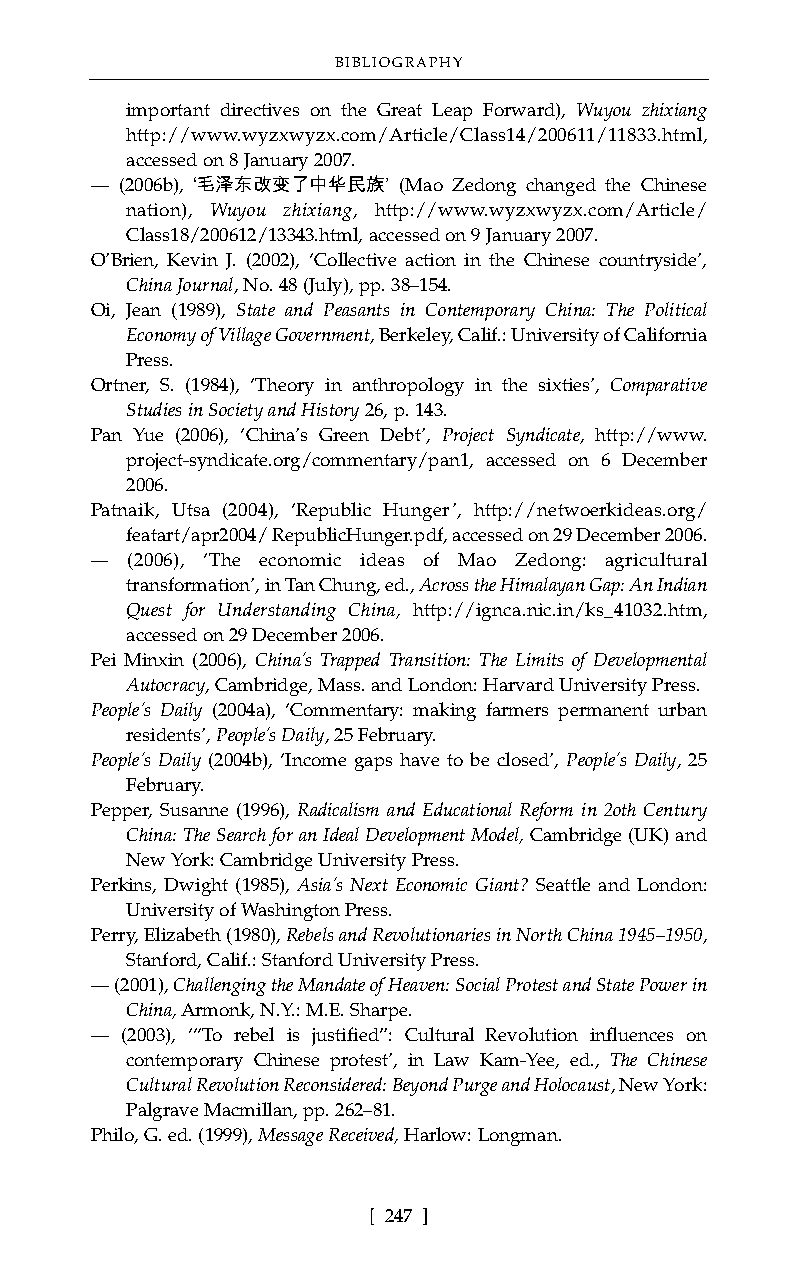
BIBLIOGRAPHY
 important directives on the Great Leap Forward), Wuyou zhixiang
 http://www.wyzxwyzx.com/Article/Class14/200611/11833.html,
 accessed on 8 January 2007.
 –– (2006b), ‘毛泽东改变了中华民族’ (Mao Zedong changed the Chinese
 nation), Wuyou zhixiang, http://www.wyzxwyzx.com/Article/
 Class18/200612/13343.html, accessed on 9 January 2007.
 O’Brien, Kevin J. (2002), ‘Collective action in the Chinese countryside’,
 China Journal, No. 48 (July), pp. 38–154.
 Oi, Jean (1989), State and Peasants in Contemporary China: The Political
 Economy of Village Government, Berkeley, Calif.: University of California
 Press.
 Ortner, S. (1984), ‘Theory in anthropology in the sixties’, Comparative
 Studies in Society and History 26, p. 143.
 Pan Yue (2006), ‘China’s Green Debt’, Project Syndicate, http://www.
 project-syndicate.org/commentary/pan1, accessed on 6 December
 2006.
 Patnaik, Utsa (2004), ‘Republic Hunger’, http://netwoerkideas.org/
 featart/apr2004/ RepublicHunger.pdf, accessed on 29 December 2006.
 –– (2006), ‘The economic ideas of Mao Zedong: agricultural
 transformation’, in Tan Chung, ed., Across the Himalayan Gap: An Indian
 Quest for Understanding China, http://ignca.nic.in/ks_41032.htm,
 accessed on 29 December 2006.
 Pei Minxin (2006), China’s Trapped Transition: The Limits of Developmental
 Autocracy, Cambridge, Mass. and London: Harvard University Press.
 People’s Daily (2004a), ‘Commentary: making farmers permanent urban
 residents’, People’s Daily, 25 February.
 People’s Daily (2004b), ‘Income gaps have to be closed’, People’s Daily, 25
 February.
 Pepper, Susanne (1996), Radicalism and Educational Reform in 2oth Century
 China: The Search for an Ideal Development Model, Cambridge (UK) and
 New York: Cambridge University Press.
 Perkins, Dwight (1985), Asia’s Next Economic Giant? Seattle and London:
 University of Washington Press.
 Perry, Elizabeth (1980), Rebels and Revolutionaries in North China 1945–1950,
 Stanford, Calif.: Stanford University Press.
 –– (2001), Challenging the Mandate of Heaven: Social Protest and State Power in
 China,Armonk, N.Y.: M.E. Sharpe.
 –– (2003), ‘“To rebel is justified”: Cultural Revolution influences on
 contemporary Chinese protest’, in Law Kam-Yee, ed., The Chinese
 Cultural Revolution Reconsidered: Beyond Purge and Holocaust, New York:
 Palgrave Macmillan, pp. 262–81.
 Philo, G. ed. (1999), Message Received, Harlow: Longman.
 [ 247 ]